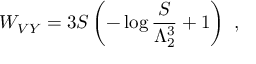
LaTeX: W _ { V Y } = 3 S \left( - \log { \frac { S } { \Lambda _ { 2 } ^ { 3 } } } + 1 \right) \ ,